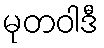
မုတဝါဒီ